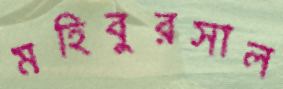
মহিবুরসাল